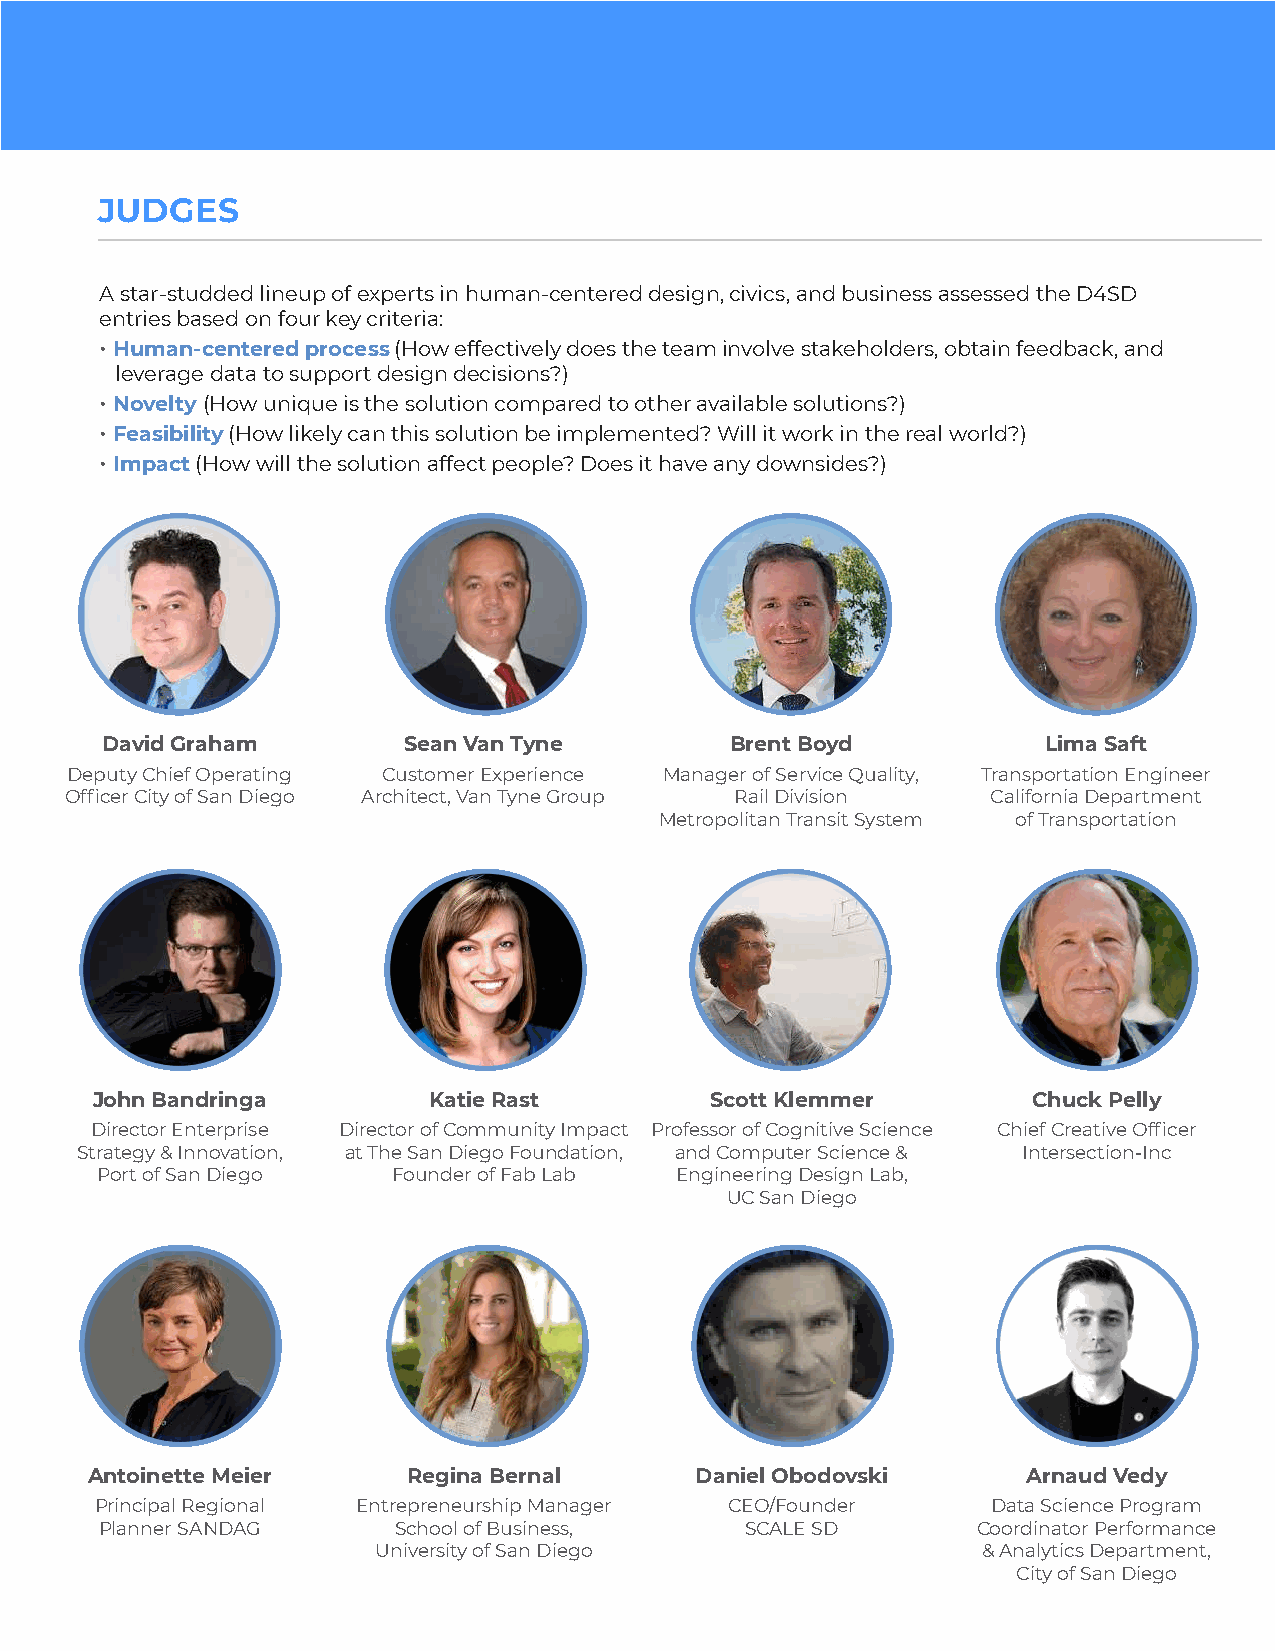
JUDGES
 A star-studded lineup of experts in human-centered design, civics, and business assessed the D4SD
 entries based on four key criteria:
 • Human-centered process (How effectively does the team involve stakeholders, obtain feedback, and
 leverage data to support design decisions?)
 • Novelty (How unique is the solution compared to other available solutions?)
 • Feasibility (How likely can this solution be implemented? Will it work in the real world?)
 • Impact (How will the solution affect people? Does it have any downsides?)
 David Graham        Sean Van Tyne        Brent Boyd           Lima Saft
 Deputy Chief Operating Customer Experience Manager of Service Quality, Transportation Engineer
 Officer City of San Diego Architect, Van Tyne Group Rail Division California Department
 Metropolitan Transit System of Transportation
 John Bandringa        Katie Rast         Scott Klemmer        Chuck Pelly
 Director Enterprise Director of Community Impact Professor of Cognitive Science Chief Creative Officer
 Strategy & Innovation, at The San Diego Foundation, and Computer Science & Intersection-Inc
 Port of San Diego   Founder of Fab Lab Engineering Design Lab,
 UC San Diego
 Antoinette Meier     Regina Bernal      Daniel Obodovski      Arnaud Vedy
 Principal Regional Entrepreneurship Manager CEO/Founder     Data Science Program
 Planner SANDAG     School of Business,    SCALE SD        Coordinator Performance
 University of San Diego                 & Analytics Department,
 City of San Diego